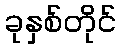
ခုနှစ်တိုင်